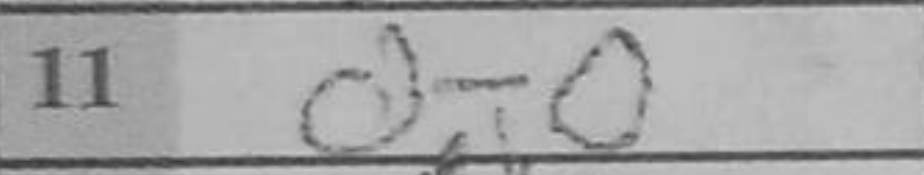
Transcription: O-O